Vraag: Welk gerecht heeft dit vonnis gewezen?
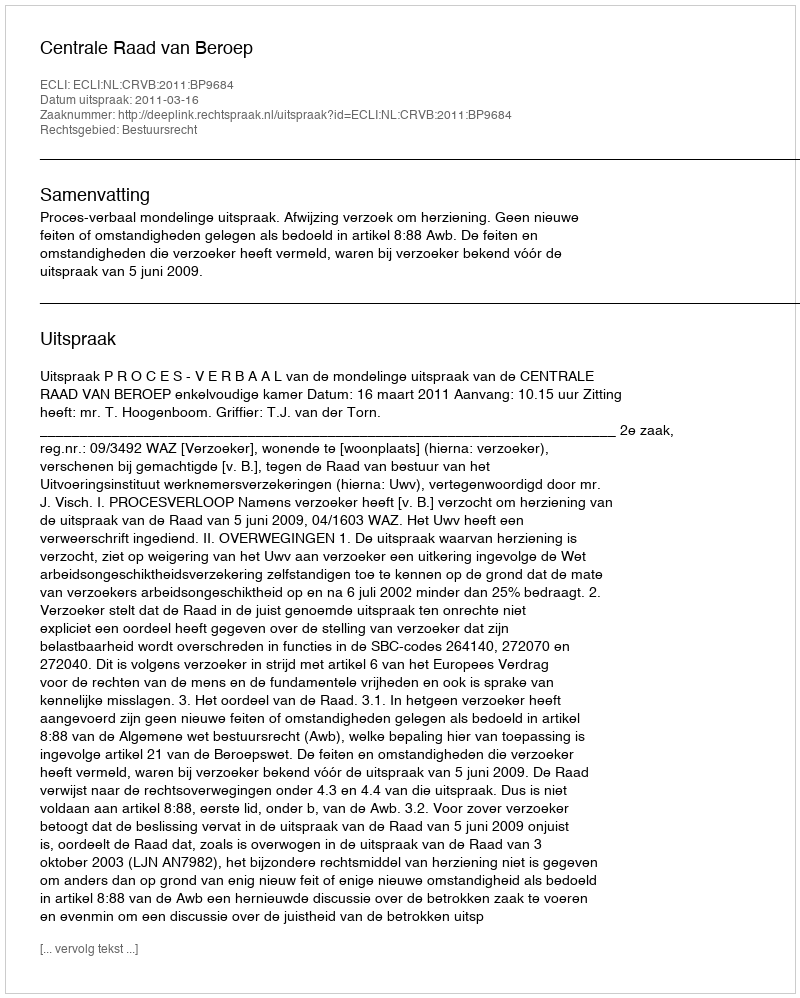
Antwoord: Centrale Raad van Beroep